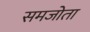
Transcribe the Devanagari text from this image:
समजोता